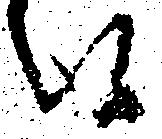
候